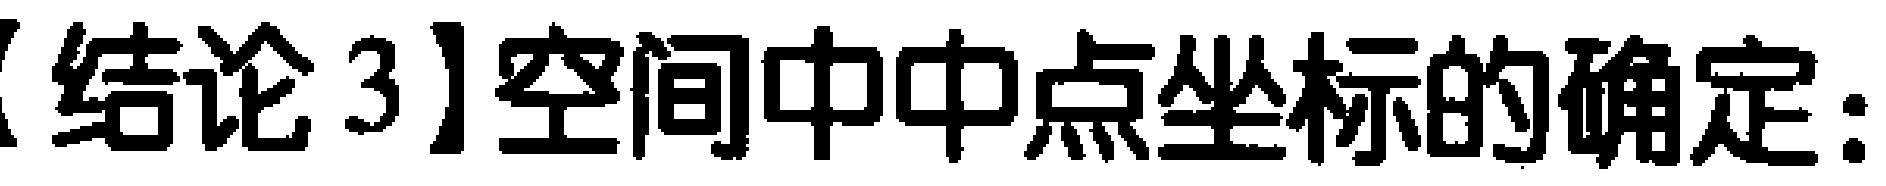
【结论3】空间中中点坐标的确定：